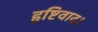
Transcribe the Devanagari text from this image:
हृष्टिवाद।